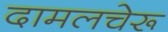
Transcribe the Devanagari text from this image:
दामलचेरू